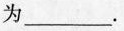
为___.